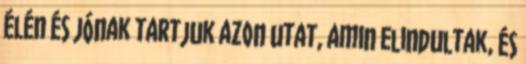
élén és jónak tartjuk azon utat, amin elindultak, és